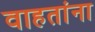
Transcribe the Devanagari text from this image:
वाहतांना